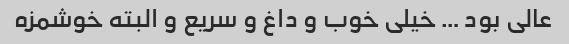
عالی بود … خیلی خوب و داغ و سریع و البته خوشمزه